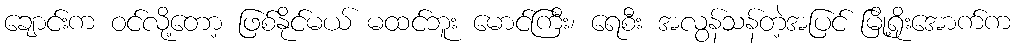
ချောင်းက ဝင်လို့တော့ ဖြစ်နိုင်မယ် မထင်ဘူး မောင်ကြီး၊ ရေစီး အလွန်သန်တဲ့အပြင် မြို့ရိုးအောက်က